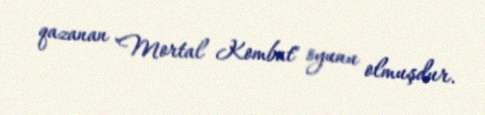
qazanan "Mortal Kombat" oyunu olmuşdur.